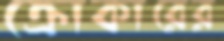
ক্রোকারের